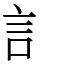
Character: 訁